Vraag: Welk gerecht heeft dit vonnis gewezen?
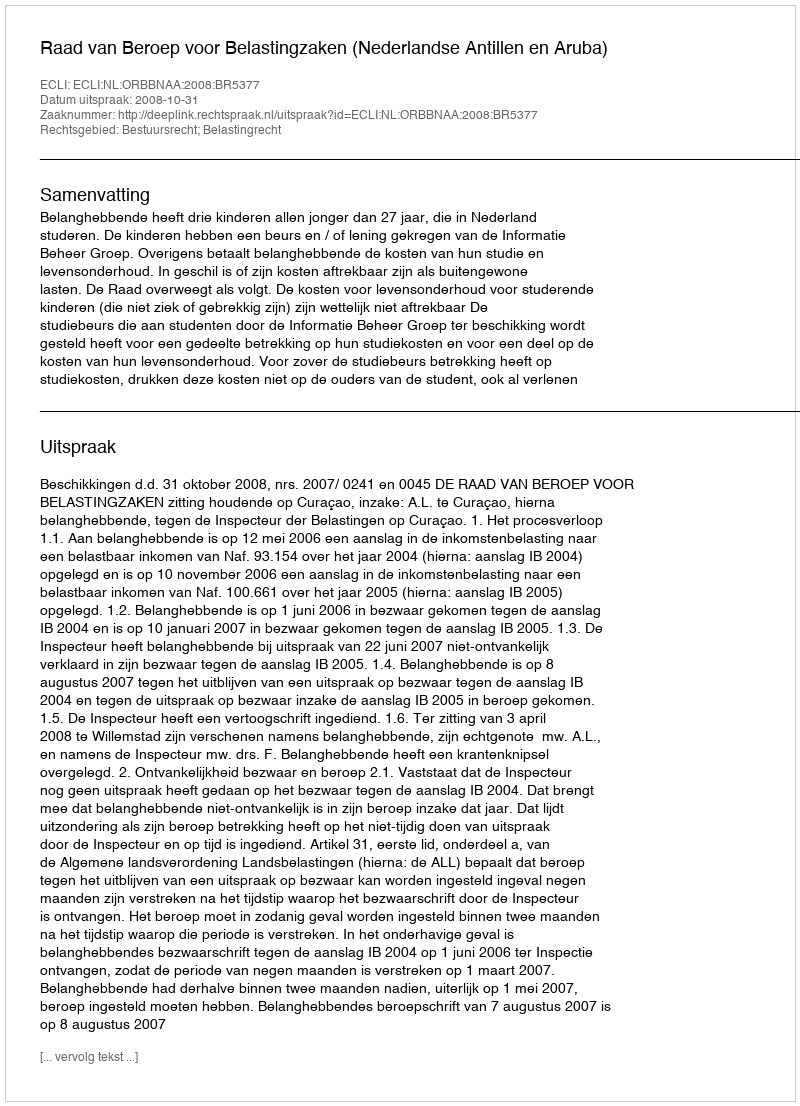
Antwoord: Raad van Beroep voor Belastingzaken (Nederlandse Antillen en Aruba)